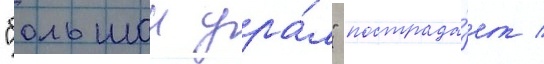
"большои ура́л" пострада́ет /